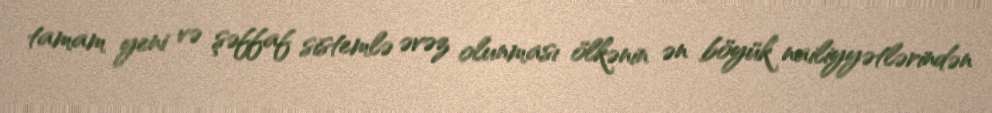
tamam yeni və şəffaf sistemlə əvəz olunması ölkənin ən böyük nailiyyətlərindən